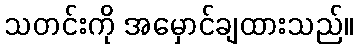
သတင်းကို အမှောင်ချထားသည်။